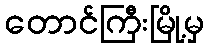
တောင်ကြီးမြို့မှ